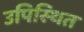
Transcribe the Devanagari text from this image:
उपिस्‍थित